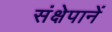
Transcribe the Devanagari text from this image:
संक्षेपानें